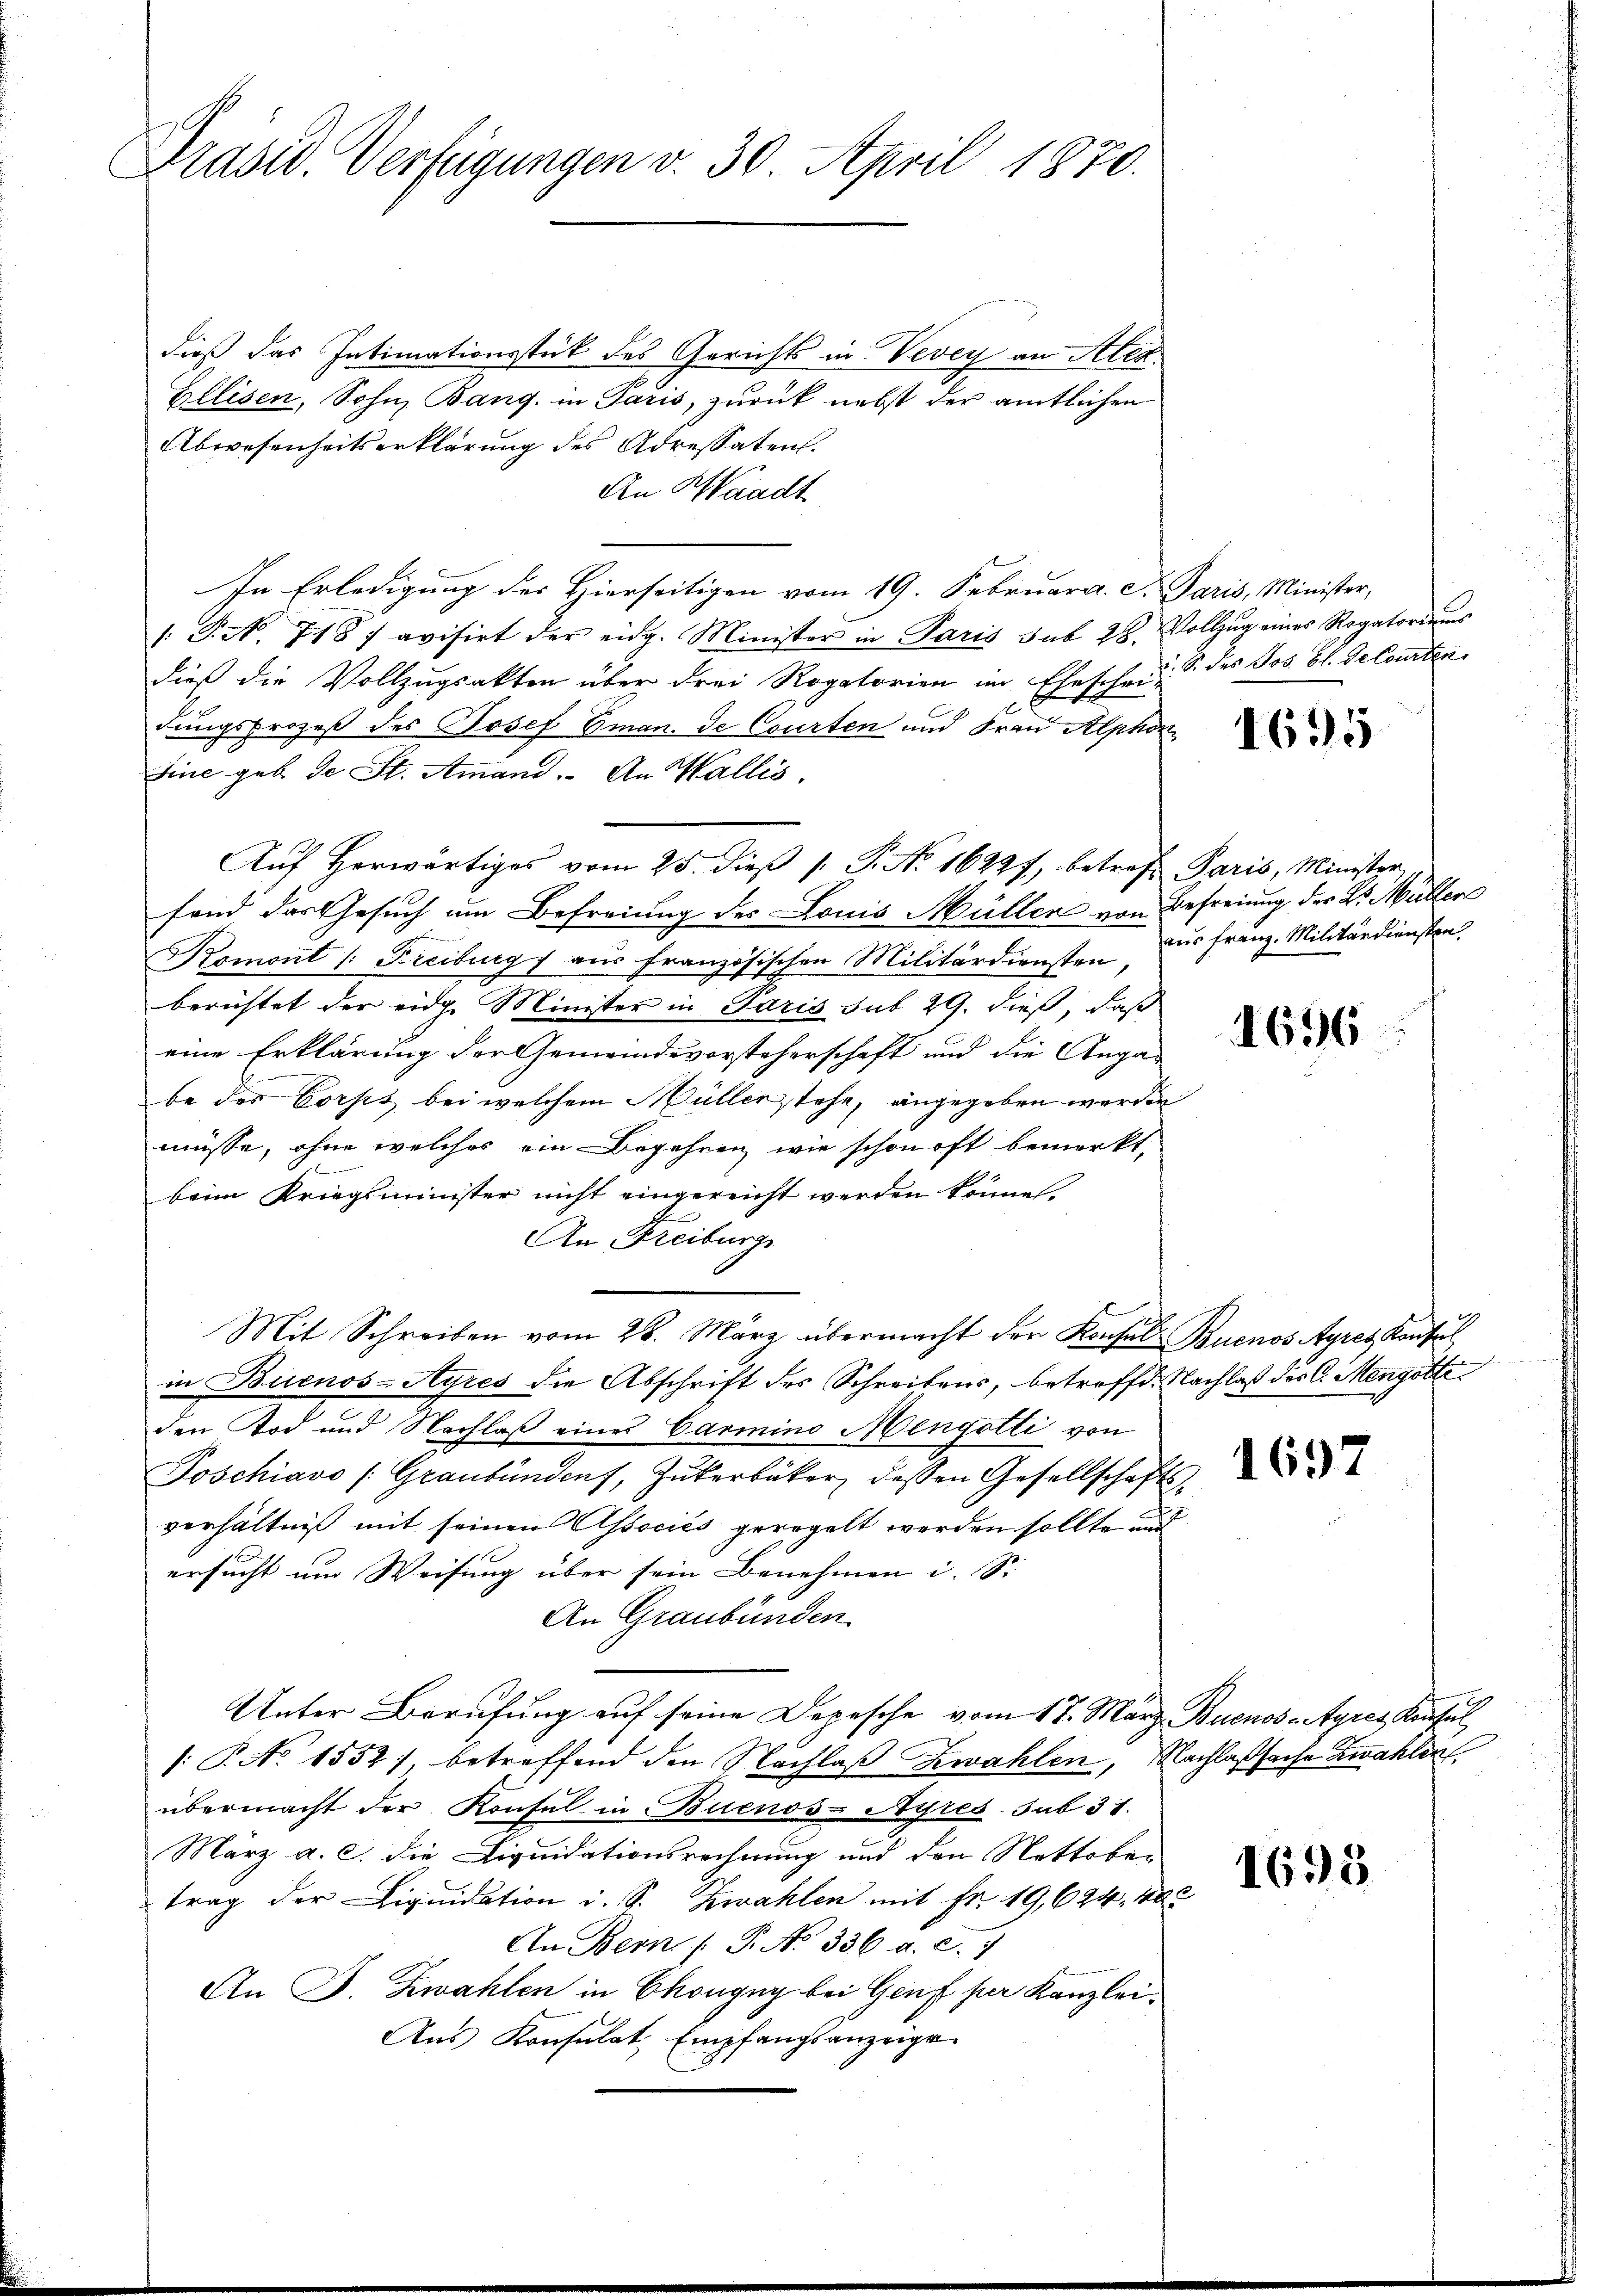
Präsid. Verfügungen v. 30. April 1870.

dieß das Intimationsstück des Gerichts in Vevey an Alex.
Ellisen, Sohn, Bang, in Paris, zurück nebst der amtlichen
Abwesenheitserklärung des Adressaten.
An Waadt
E
In Erledigung des Hierseitigen vom 19. Februar a. c. Paris, Minister,
/. P. Nr. 718 avisirt der eidg. Minister in Paris sub 28. Vollzŭg eines Rogatoriums
dieß die Vollzugsakten über drei Rogatorien im Eheschen S. des Jos. Bl. de Courten
dungsprozeß des Josef Eman. de Courten und Frau Alphon
Eine geb. de St. Amand. An Wallis.
fand das Gesuch um Befreiung des Louis Müller von Befreiung der L. Müllers
Romont /: Freiburg) aus französischen Militärdiensten zur Franz. Militärdiensten.
berichtet der eidg. Minister in Paris sub 29. dieß, daß
eine Erklärung der Gemeindevorsteherschaft und die Anga-
be des Corps bei welchem Müller, stehe, angegeben werden
müsse, ohne welches ein Begehren wie schon oft bemerkt,
beim Kriegsminister nicht eingereicht werden könne
An Freiburge
Mit Schreiben vom 28. März übermacht der Konsul Buenos Ayres Konsul
in Buenos-Ayres die Abschrift des Schreibens, betreffe. Nachlaß des C. Mengötte
den Tod und Nachlaß eines Carmino Mengotti von
Joschiavo (Graubündenf, Zukerbäcker, dessen Gesellschaftsverhältniß mit seinen Associés geregelt werden sollte und
ersucht um Weisung über sein Benehmen i. S.
An Graubünden.
Unter Berufung auf seine Depesche vom 17. März. Buenos-Ayres Konsul
1: P. No 1552), betreffend den Nachlaß zwahlen, Nachlaßsache Zwahlen
übermacht der Konsul in Buenos-Ayres sub 31.
März a. c. die Liquidationsrechnung und den Nettober
trag der Liquidation i. S. Zwahlen mit Fr. 19,624. 400
An Bern (T. No 336 a. c.
An F. Zwahlen in Chongny bei Genf hier Kanzlei.
Ans Konsulat, Empfangsanzeige.

Aŭf herwärtiges vom 25. dieβ /: P. No. 16227, betreff Paris, Minister

1695

1696

1697

1695